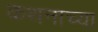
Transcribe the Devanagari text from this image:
कथनाच्या